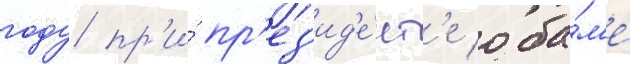
году пр'и́ пр'ез'ид'е́нт'е оба́м'е